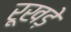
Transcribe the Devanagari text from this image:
रूखड़े